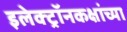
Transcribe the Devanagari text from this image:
इलेक्ट्रॉनकक्षांच्या